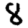
Digit: 8